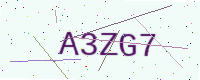
Text: A3ZG7